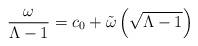
LaTeX: \begin{align*} \frac{\omega}{\Lambda-1}=c_0+\tilde{\omega}\left(\sqrt{\Lambda-1}\right) \end{align*}